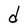
Character: d